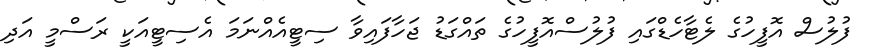
ފުލުސް އޮފީހުގެ ލެޓާހެޑްގައި ފުލުސްއޮފީހުގެ ތައްގަޑު ޖަހާފައިވާ ސިޓީއެެއްނަމަ އެސިޓީއަކީ ރަސްމީ އަދި